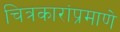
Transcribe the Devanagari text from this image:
चित्रकारांप्रमाणे